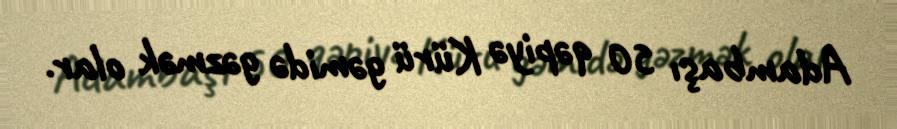
Adambaşı 50 qəpiyə Kürü gəmidə gəzmək olar.